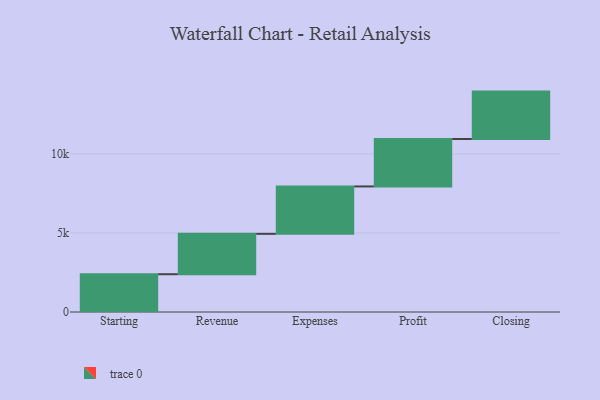
{"axis": {"x": "Step", "y": "Value"}, "legend": [""], "data": [{"x": "Starting", "y": 2390.0, "type": ""}, {"x": "Revenue", "y": 2554.0, "type": ""}, {"x": "Expenses", "y": 3000, "type": ""}, {"x": "Profit", "y": 3000, "type": ""}, {"x": "Closing", "y": 3000, "type": ""}]}